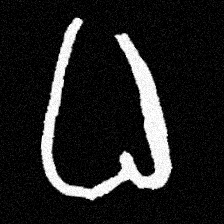
Pyu character \u2014 Myanmar letter: ဓ (romanized: dha)